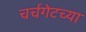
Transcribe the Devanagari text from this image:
चर्चगेटच्या